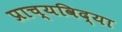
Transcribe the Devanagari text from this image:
प्राच्‍यविद्या